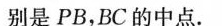
别是PB，BC的中点。